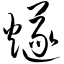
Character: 燧